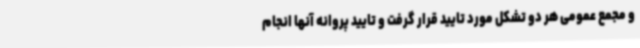
و مجمع عمومی هر دو تشکل مورد تایید قرار گرفت و تایید پروانه آنها انجام